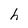
Character: h